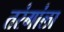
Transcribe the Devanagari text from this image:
तरंगांला